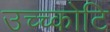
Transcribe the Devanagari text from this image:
उच्च्कोटि